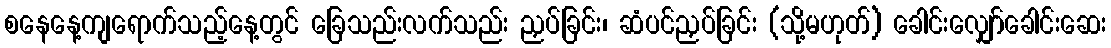
စနေနေ့ကျရောက်သည့်နေ့တွင် ခြေသည်းလက်သည်း ညှပ်ခြင်း၊ ဆံပင်ညှပ်ခြင်း (သို့မဟုတ်) ခေါင်းလျှော်ခေါင်းဆေး